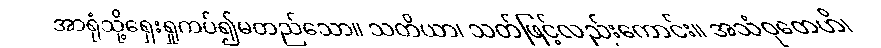
အာရုံသို့ရှေးရှုကပ်၍မတည်သော။ သတိယာ၊ သတ်ဖြင့်လည်းကောင်း။ အသံဝုတေဟိ၊